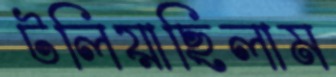
টলিয়াছিলাম